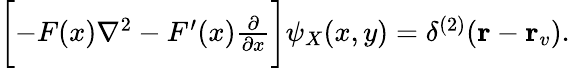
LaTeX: \begin{array}{r}{\biggl[-F(x)\nabla^{2}-F^{\prime}(x)\frac{\partial}{\partial x}\biggr]\psi_{X}(x,y)=\delta^{(2)}({\mathbf r}-{\mathbf r_{v}}).}\end{array}